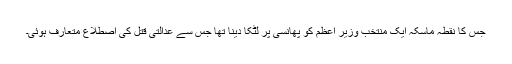
جس کا نقطہ ماسکہ ایک منتخب وزیرِ اعظم کو پھانسی پر لٹکا دینا تھا جس سے عدالتی قتل کی اصطلاع متعارف ہوئی۔